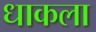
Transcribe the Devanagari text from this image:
धाकला